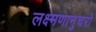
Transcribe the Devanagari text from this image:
लक्ष्मणानुचरो